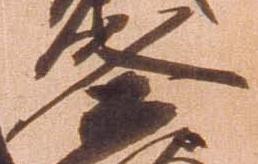
冬